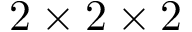
2 \times 2 \times 2